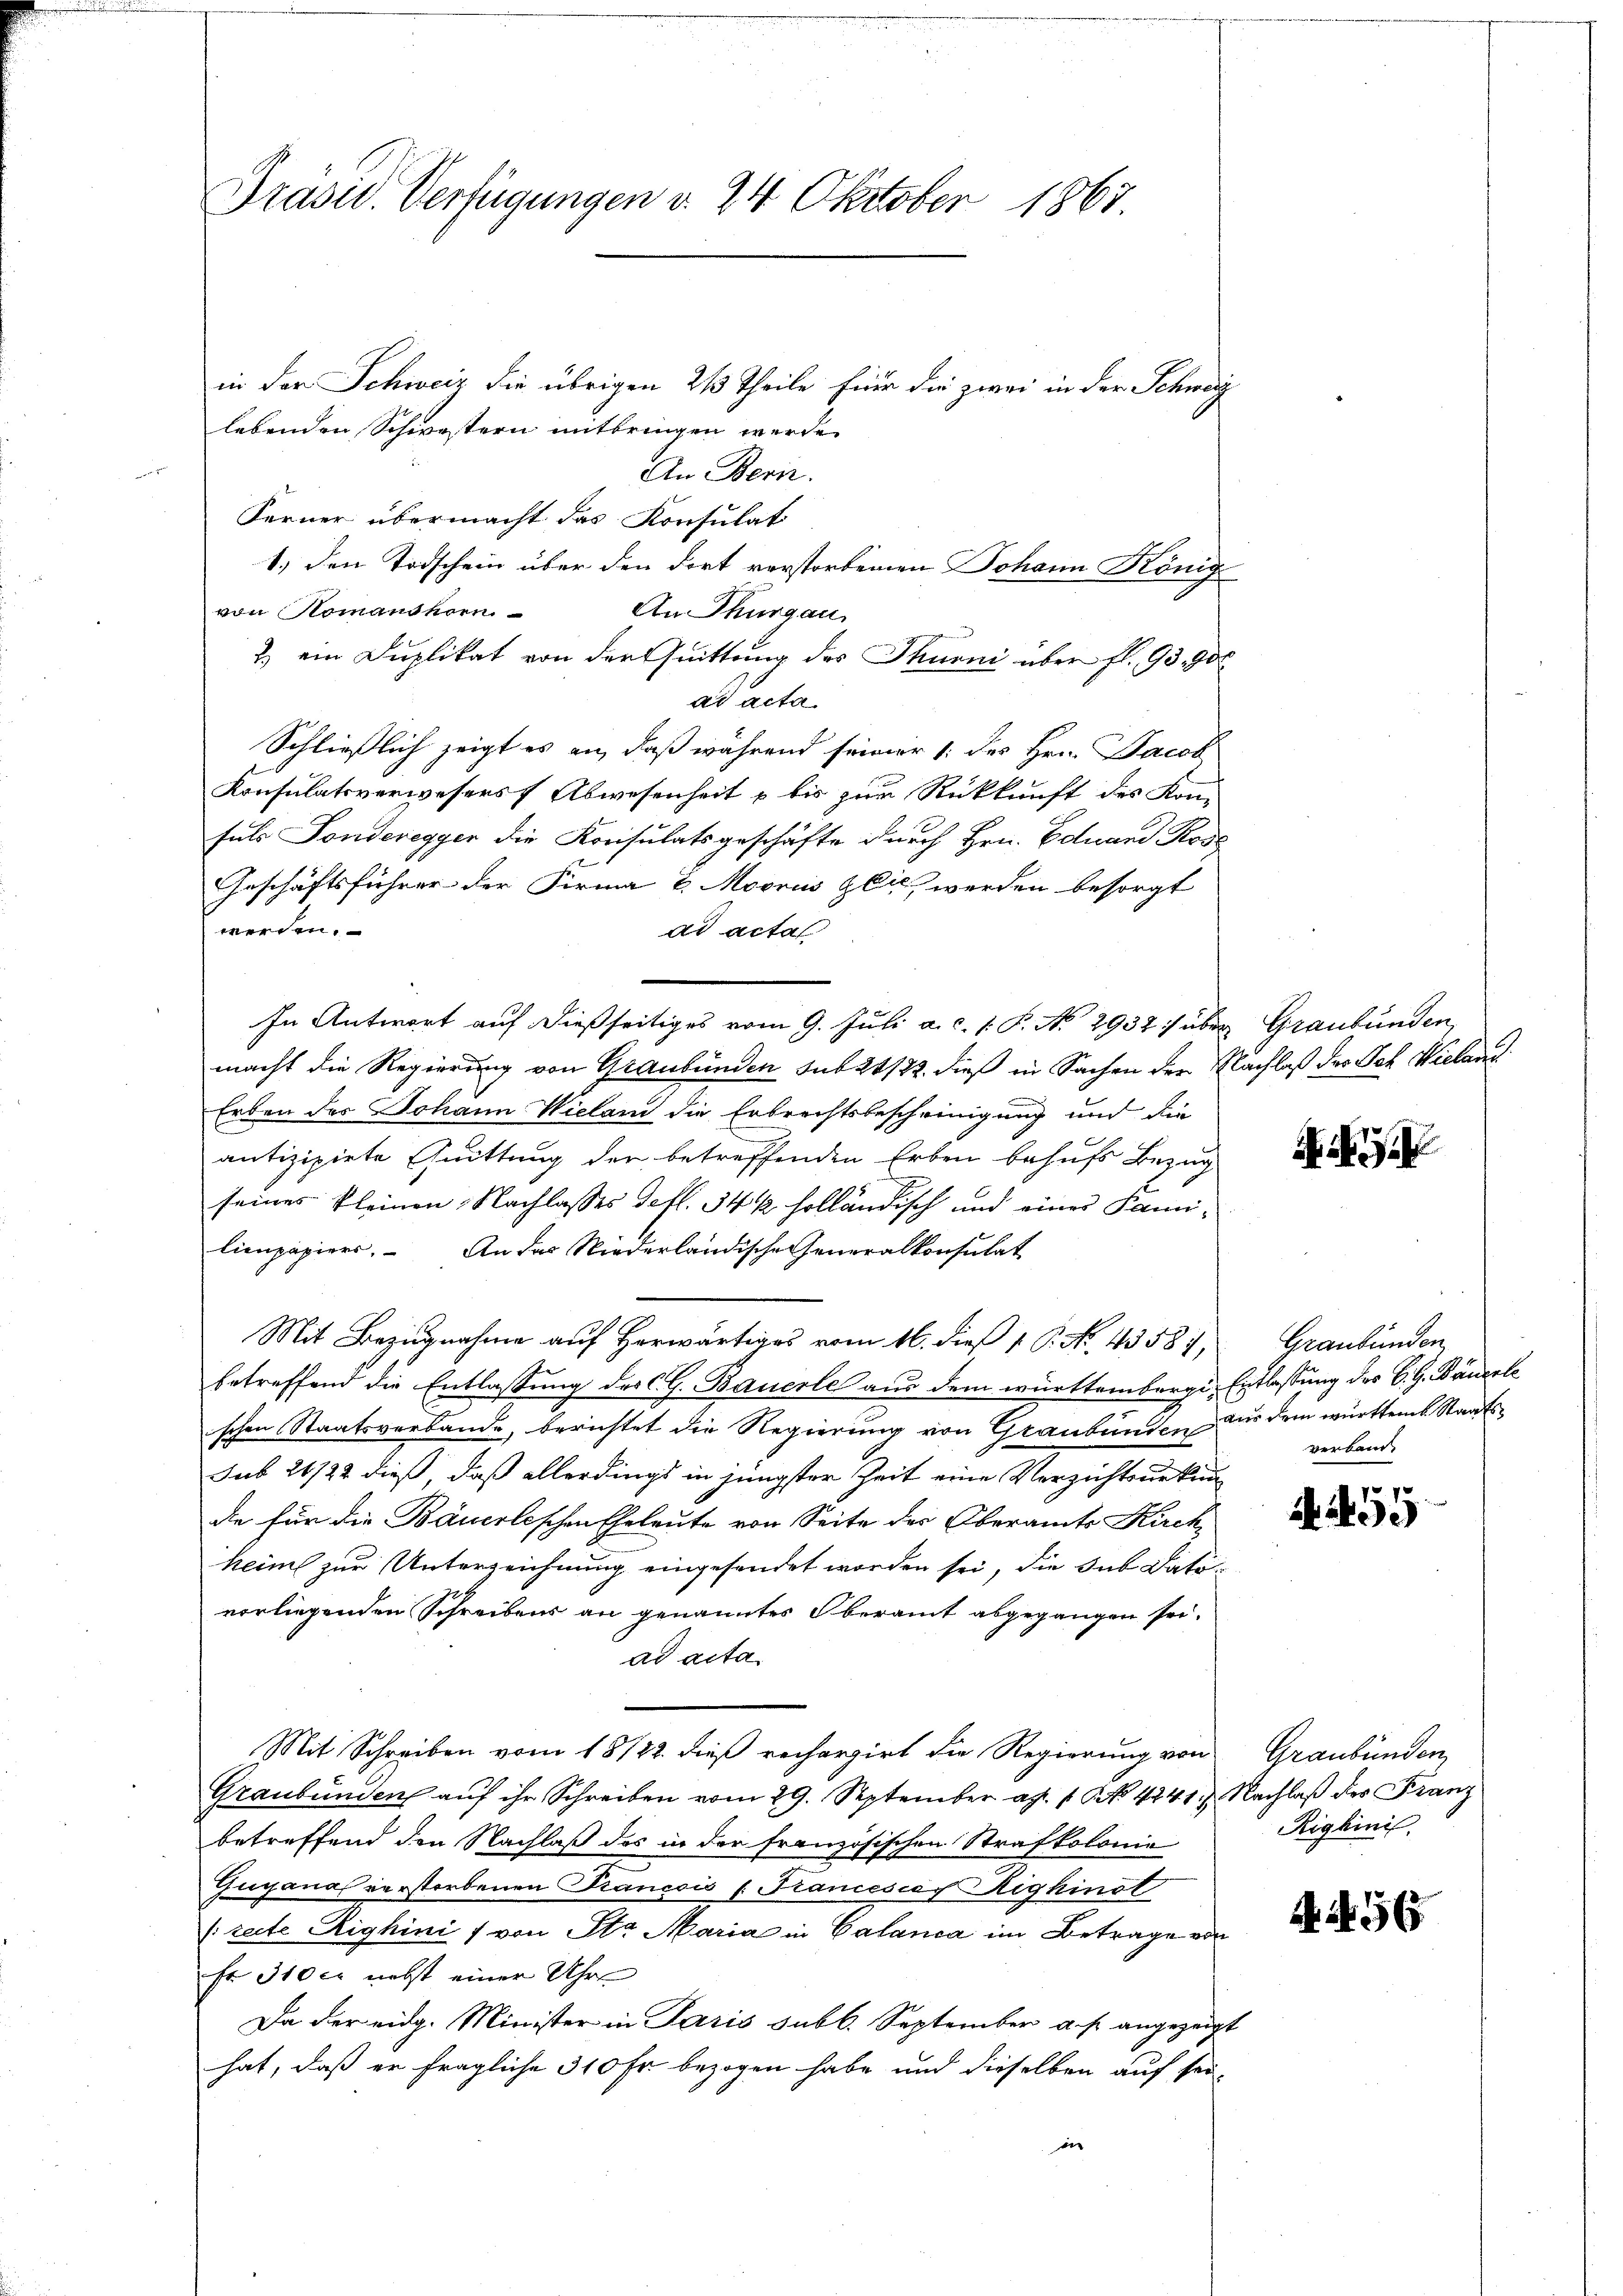
Präsid. Verfügungen v. 24 Oktober 1867.

in der Schweiz die übrigen 213 Theile für die zwei in der Schweiz
lebenden Schwestern mitbringen werde.
An Bern.
Ferner übermacht das Konsulat
1.) Den Todschein über den dort verstorbenen Johann König
von Komanthorn
An Thurgau
2.) ein Duplikat von der Quittung des Thurni über fl. 95. 900
ad acta.
Schließlich zeigt es an, daß während seiner 1. des Hrn. Jacob
Konsulatsverwesers Abwesenheit u bis zur Rückkunft des Kom-
suls Fonderegger die Konsulatsgeschäfte durch Hrn. Eduard Rode
Geschäftsführer der Firma E. Moorus Zeit werden besorgt
werden.
ad acta
macht die Regierung von Graubünden sub 21/22. dieß in Sachen der Nachlaß der Sch. Wieland
Erben des Johann Wieland die Erbrechtsbescheinigung und die
antizipiete Chuittung der betreffenden Erben behufs Bezug
seines kleinen Nachlasses Gefl. 34 ½ holländisch und einer Familienpapiers. An das Niederländische Generalkonsulat
Mit Bezugnahme auf Herwärtiges vom 16. dieß 1 P. No. 45581, Graubünden
betreffend die Entlassung des CG. Bauerle aus dem württembergi, Entlassung des C. G. Bäuerle
schen Staatsverbande, berichtet die Regierung von Graubünden nur dem württemb. Staatssub 26/22 dieß, daß allerdings in jüngster Zeit eine Verzichtsurkundie für die Bäuerlischen Eheleute von Seite der Oberamts Kirchheim zur Unterzeichnung eingesendet worden sei, die Sub Datovorliegenden Schreibens an genanntes Oberamt abgegangen sei.
ad acta
Mit Schreiben vom 18/22. dieß rechargirt die Regierung von Graubünden,
Graubünden aŭf ihr Schreiben vom 29. September ag. 1. No 4241. 7. Nachlaß der Franz
betreffend den Nachlaß des in der französischen Strafkolonie
Gugana verstorbenen Francois (Francescaf Righinot
[recte Righini / von Str. Maria in Calanca im Betrage von
fr. 310 er nebst einer Uhre
Da der eidg. Minister in Paris subl. September a. p. angezeigt
hat, daß er fragliche 310 Fr. bezogen habe und dieselben auf sei-
in

In Antwort auf dießseitiges vom 9. Juli a. c. 1. P. No 2932 :/ über Graubünden,

N. N. 3

verband.

e
5

Righinis

A 456.